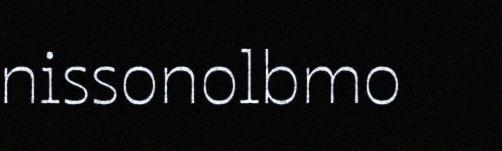
nissonolbmo